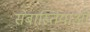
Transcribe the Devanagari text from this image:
सेबास्तियाओ